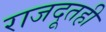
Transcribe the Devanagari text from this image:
राजदूतही